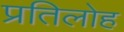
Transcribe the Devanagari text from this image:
प्रतिलोह